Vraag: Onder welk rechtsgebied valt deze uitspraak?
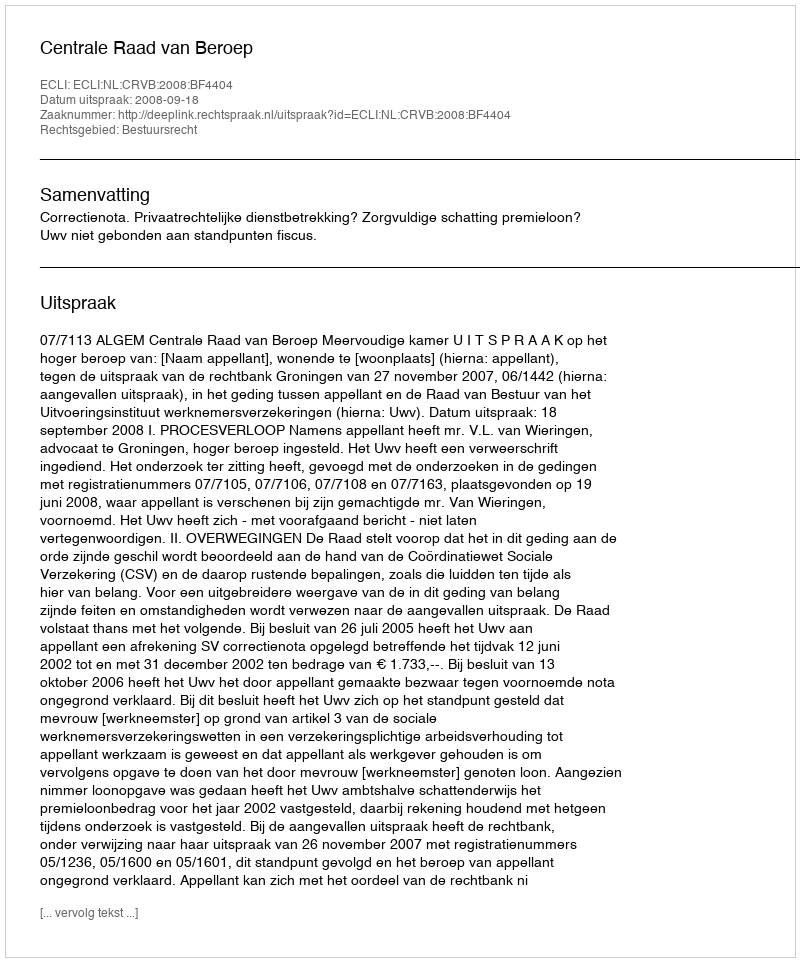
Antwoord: Bestuursrecht